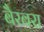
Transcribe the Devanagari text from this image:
बैरबरा